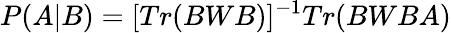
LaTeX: P(A|B)=[Tr(BWB)]^{-1}Tr(BWBA)